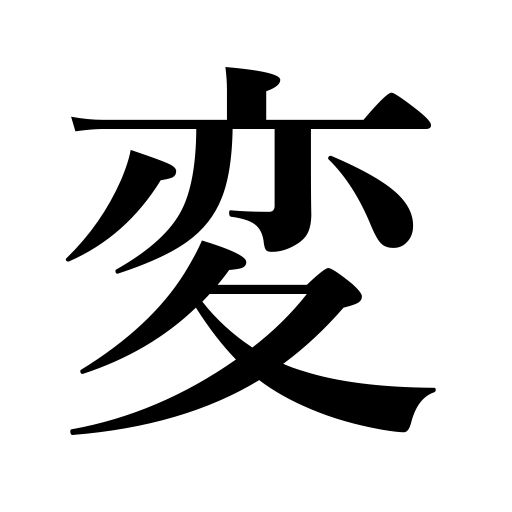
Meanings: something strange,change,uprising,vary,revise,calamity,accident,amend,be queer,vary convert,be different,move,be revised,be transferred